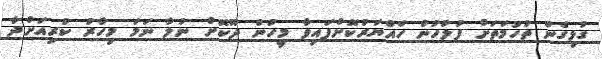
ގުޅިގެން ތުހުމަތަށް ފުލުހުން ހައްޔަރުކޮށްފައިވާ މީހުން ދޫކޮށް ނުލާ ނަމަ މިހާރު ކުރިއަށްދާ